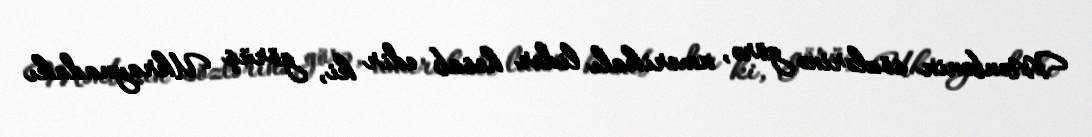
Mənbənin sözlərinə görə, amerikalı lider hesab edir ki, görüş Ukraynadakı